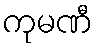
ကုမဏီ